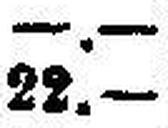
22.—